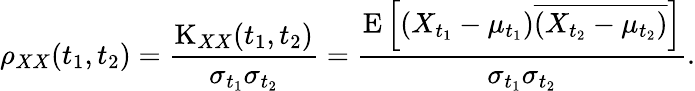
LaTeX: \rho_{XX}(t_{1},t_{2})={\frac{\operatorname{K}_{XX}(t_{1},t_{2})}{\sigma_{t_{1}}\sigma_{t_{2}}}}={\frac{\operatorname{E}\left[(X_{t_{1}}-\mu_{t_{1}}){\overline{{(X_{t_{2}}-\mu_{t_{2}})}}}\right]}{\sigma_{t_{1}}\sigma_{t_{2}}}}.